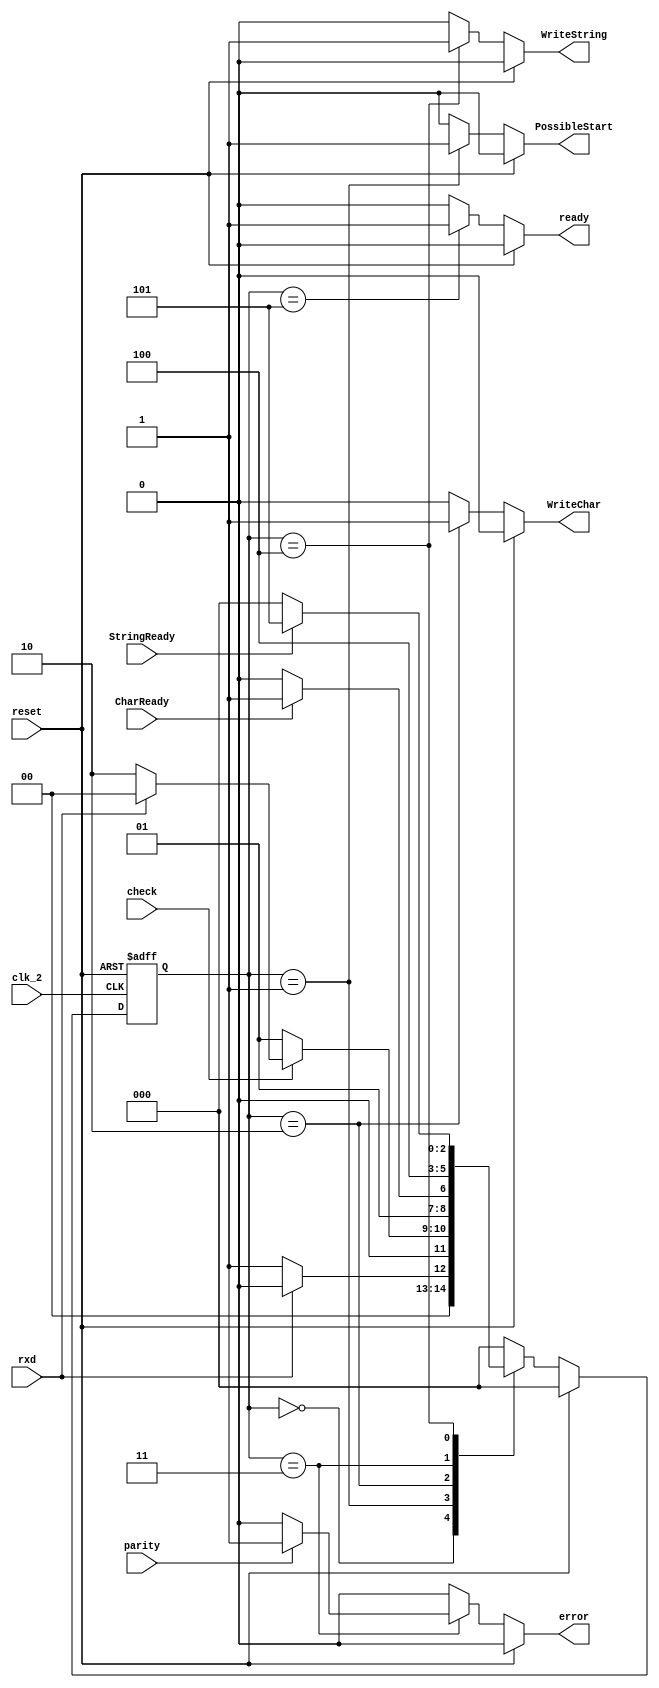
module control_o (reset, rxd, StringReady, CharReady, parity, ready, error, WriteChar, WriteString, PossibleStart, clk_2, check);

   input rxd;
   input StringReady;
   input CharReady;
   input parity;
   input clk_2;
   input check;
   input reset;
   
   output reg ready;
   output reg error;
   output reg WriteChar;
   output reg WriteString;
   output reg PossibleStart;
  
   reg [2:0]  current_state;
   reg [2:0]  next_state;
   
   // se les ponen nombres a los estados para que en el case se pueda entender y manejar mejor
   parameter IDLE = 3'b000;
   parameter POSSIBLESTART = 3'b001;
   parameter READ = 3'b010;
   parameter ERROR = 3'b011;
   parameter WRITE = 3'b100;
   parameter STOP = 3'b101;

   always @(current_state or rxd or check or CharReady or StringReady or reset or parity) begin
      if (reset==1'b1) begin
	 next_state <= 3'b000;
	 ready =1'b0;
	 error = 1'b0;
	 WriteString = 1'b0;
	 WriteChar = 1'b0;
	 PossibleStart = 1'b0;

      end
      else begin
	 case (current_state)
	   IDLE: begin
	      if (rxd==1)
		next_state<=IDLE;
	      else
		next_state<=POSSIBLESTART;


	      ready=1'b0;
	      error=1'b0;
	      WriteChar=1'b0;
	      WriteString=1'b0;
	      PossibleStart=1'b0;
	   end // case: IDLE
	   
	   POSSIBLESTART: begin
	      if (check == 1) begin
		 if (rxd == 0) begin
		   next_state<=READ;
		end		
		 else
		   next_state<=IDLE;
	      end
	      else
		next_state<=POSSIBLESTART;

	      ready=1'b0;
	      error=1'b0;
	      WriteChar=1'b0;
	      WriteString=1'b0;
	      PossibleStart=1'b1;

	   end // case: POSSIBLESTART
	   
	   READ: begin
	      if (CharReady==0)
		next_state<=READ;
	      else
		next_state<=ERROR;

	      ready=1'b0;
	      error=1'b0;
	      WriteChar=1'b1;
	      WriteString=1'b0;
	      PossibleStart=1'b0;
	   end // case: READ
	   
	   ERROR: begin
	      next_state<=WRITE;
	      if (parity==1)
		error=1'b1;
	      else
		error=1'b0;

	      ready=1'b0;
	      WriteChar=1'b0;
	      WriteString=1'b0;
	      PossibleStart=1'b0;
	   end // case: ERROR
	   
	   WRITE: begin
	      if (StringReady==0)
		next_state<=IDLE;
	      else
		next_state<=STOP;

	      ready=1'b0;
	      error=1'b0;
	      WriteChar=1'b0;
	      WriteString=1'b1;
	      PossibleStart=1'b0;
	   end // case: WRITE
	   
	   STOP: begin
		next_state<=IDLE;

	      ready=1'b1;
	      error=1'b0;
	      WriteChar=1'b0;
	      WriteString=1'b0;
	      PossibleStart=1'b0;
	   end // case: STOP
	   
	   default: begin 
	      next_state<=IDLE;
	      ready=1'b0;
	      error=1'b0;
	      WriteChar=1'b0;
	      WriteString=1'b0;
	      PossibleStart=1'b0;
	   end
	 endcase // case (current_state)
      end // else: !if(reset==1'b1)
   end // always @ (posedge clk_2)
   
   always @(negedge clk_2 or posedge reset) begin
      if (reset == 1'b1) begin
	current_state<=IDLE;
	end
      else begin
	current_state<=next_state;
	end
   end
endmodule